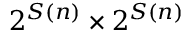
2 ^ { S ( n ) } \times 2 ^ { S ( n ) }